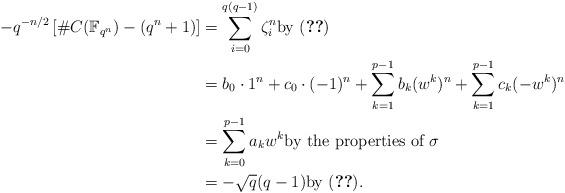
LaTeX: \begin{align*}-q^{-n/2}\left[\#C(\mathbb F_{q^n})-(q^n+1)\right]&=\sum_{i=0}^{q(q-1)} \zeta_i^n \textrm{by } \eqref{eqn-roots-of-unity}\\&= b_0\cdot 1^n+ c_0\cdot(-1)^n+\displaystyle\sum_{k=1}^{p-1}b_k(w^k)^n+\sum_{k=1}^{p-1}c_k(-w^k)^n\\ &=\sum_{k=0}^{p-1}a_kw^k \textrm{by the properties of $\sigma$} \\ &=-\sqrt{q}(q-1) \textrm{by } \eqref{eqn-sum-with -0}.\end{align*}